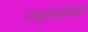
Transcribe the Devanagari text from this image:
अणुबाँबविरोधी